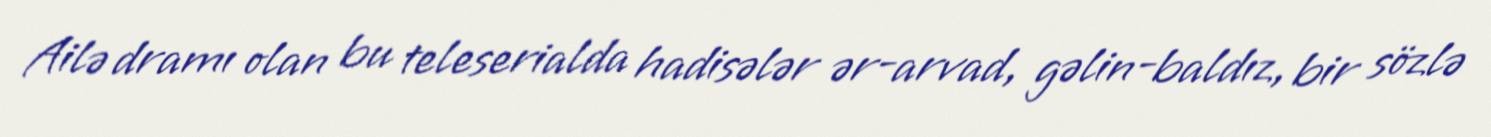
Ailə dramı olan bu teleserialda hadisələr ər-arvad, gəlin-baldız, bir sözlə